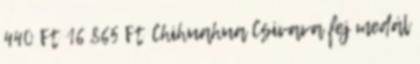
440 Ft 16 865 Ft Chihuahua Csivava fej medál